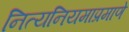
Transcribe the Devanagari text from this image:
नित्यनियमाप्रमाणे